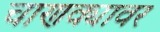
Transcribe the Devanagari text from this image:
चाणक्यावर